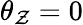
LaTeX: \theta_{\mathcal{Z}}=0